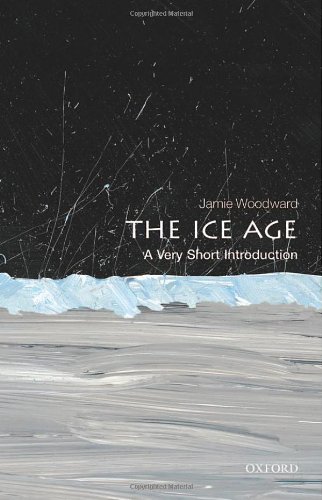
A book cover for The Ice Age: A Very Short Introduction (Very Short Introductions); Jamie Woodward; History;